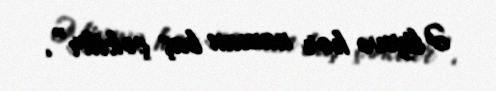
Əliyevə hər zaman baş çəkilir”.